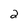
Character: 2